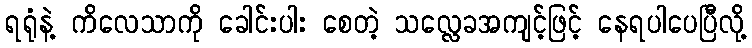
ရရုံနဲ့ ကိလေသာကို ခေါင်းပါး စေတဲ့ သလ္လေခအကျင့်ဖြင့် နေရပါပေပြီလို့